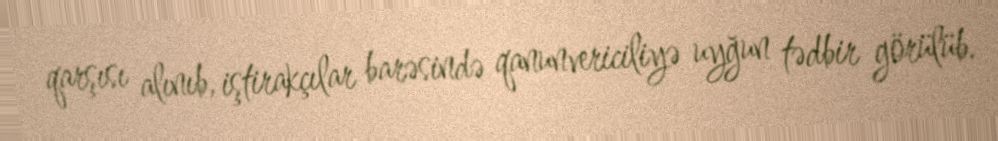
qarşısı alınıb, iştirakçılar barəsində qanunvericiliyə uyğun tədbir görülüb.